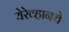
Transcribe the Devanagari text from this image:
येरेव्हानचे